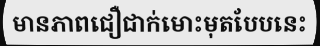
មានភាពជឿជាក់មោះមុតបែបនេះ